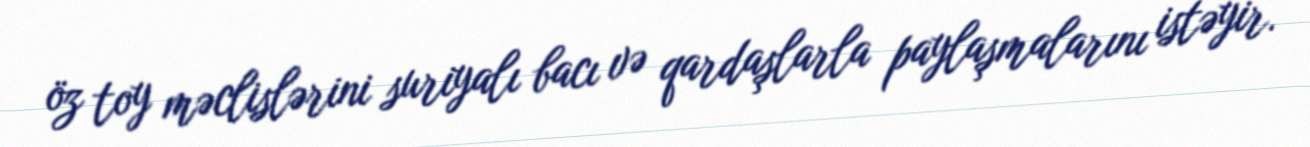
öz toy məclislərini suriyalı bacı və qardaşlarla paylaşmalarını istəyir.